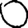
Digit: 0